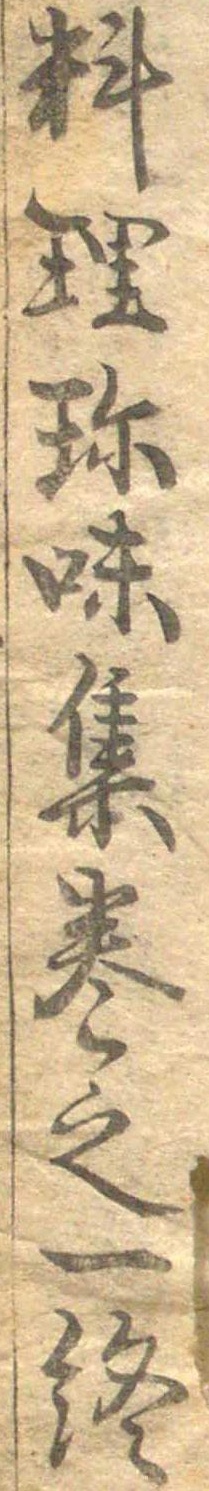
料理珍味集巻之一終